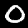
Digit: 0